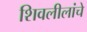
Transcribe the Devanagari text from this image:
शिवलीलांचे